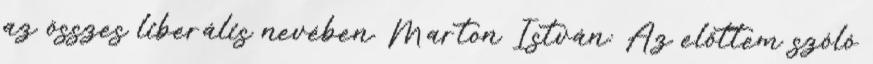
az összes liberális nevében. Marton István: Az előttem szóló